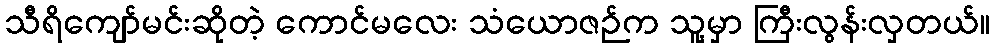
သီရိကျော်မင်းဆိုတဲ့ ကောင်မလေး သံယောဇဉ်က သူ့မှာ ကြီးလွန်းလှတယ်။